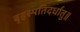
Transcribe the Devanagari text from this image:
बृहस्पतिदर्धातु॥